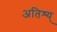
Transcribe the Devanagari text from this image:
अतिश्य्